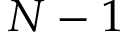
N - 1